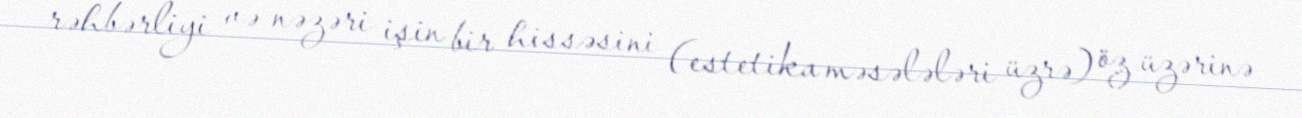
rəhbərliyi və nəzəri işin bir hissəsini (estetika məsələləri üzrə) öz üzərinə